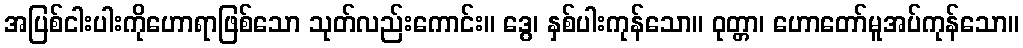
အပြစ်ငါးပါးကိုဟောရာဖြစ်သော သုတ်လည်းကောင်း။ ဒွေ၊ နှစ်ပါးကုန်သော။ ဝုတ္တာ၊ ဟောတော်မူအပ်ကုန်သော။